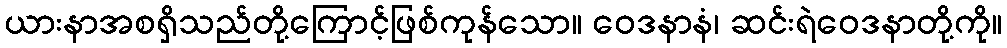
ယားနာအစရှိသည်တို့ကြောင့်ဖြစ်ကုန်သော။ ဝေဒနာနံ၊ ဆင်းရဲဝေဒနာတို့ကို။